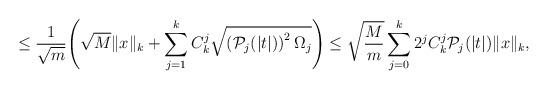
LaTeX: \begin{align*}\leq \frac{1}{\sqrt{m}}\Biggl(\sqrt{M} \|x\|_k+ \sum\limits_{j=1}^{k} C_{k}^j\sqrt{\left(\mathcal{P}_j (|t|)\right)^2 \Omega_j} \Biggr) \leq \sqrt{\frac{M}{m}}\sum\limits_{j=0}^{k} 2^j C_{k}^j \mathcal{P}_j (|t|) \|x\|_k,\end{align*}